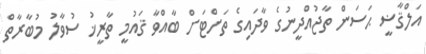
އަލްޤާޟީ ޙަސަން ތާޖުއްދީނުގެ ވާދައިގެ ތަށްޓަށް ބާއްވާ ޤައުމީ ތާރީޚު ސުވާލު މުބާރާތް